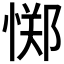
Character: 𫺫